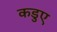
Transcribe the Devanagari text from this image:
कडुए